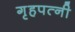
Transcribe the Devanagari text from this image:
गृहपत्नी